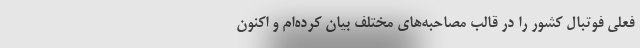
فعلی فوتبال کشور را در قالب مصاحبه‌های مختلف بیان کرده‌ام و اکنون